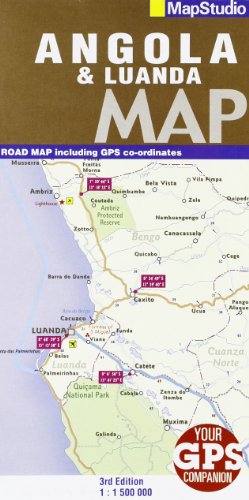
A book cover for Angola Road Map; MapStudio; Travel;